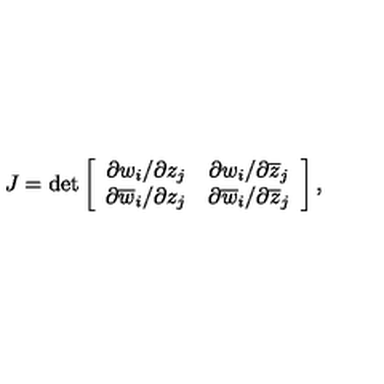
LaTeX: J = \det \left[ \begin{array} { c c } { \partial w _ { i } / \partial z _ { j } } & { \partial w _ { i } / \partial \overline { { z } } _ { j } } \\ { \partial \overline { { w } } _ { i } / \partial z _ { j } } & { \partial \overline { { w } } _ { i } / \partial \overline { { z } } _ { j } } \\ \end{array} \right] ,